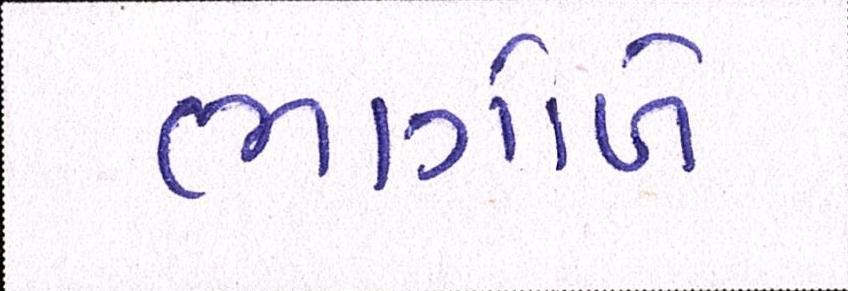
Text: ભાગોળે